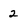
Character: 2